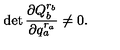
\det \frac { \partial Q _ { b } ^ { r _ { b } } } { \partial q _ { a } ^ { r _ { a } } } \neq 0 .